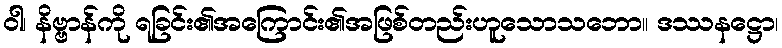
ဝါ၊ နိဗ္ဗာန်ကို ရခြင်း၏အကြောင်း၏အဖြစ်တည်းဟူသောသဘော။ ဒဿနဋ္ဌော၊